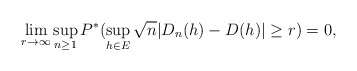
\begin{align*}\lim_{r \rightarrow \infty} \sup_{n \ge 1}P^{*}( \sup_{h \in E}\sqrt{n} |D_n(h) - D(h)| \ge r) =0, \end{align*}